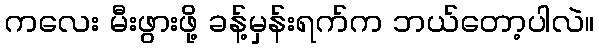
ကလေး မီးဖွားဖို့ ခန့်မှန်းရက်က ဘယ်တော့ပါလဲ။